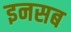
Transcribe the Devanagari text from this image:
इनसब